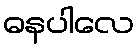
ဓနပါလေ